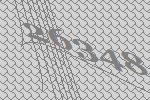
26348